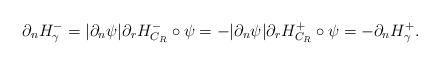
LaTeX: \begin{align*}\partial_n H^-_\gamma=|\partial_n\psi|\partial_r H^-_{C_R}\circ \psi=-|\partial_n\psi|\partial_r H^+_{C_R}\circ\psi=-\partial_n H^+_\gamma.\end{align*}